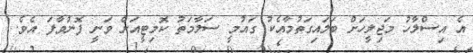
އެ އިސްލާހު މަޖިލީހަށް ބަލައިގަތުމާއެކު ގައުމީ ސަލާމަތު ކޮމިޓީއަށް ވަނީ ފޮނުވާފަ އެވެ.